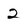
Character: 2